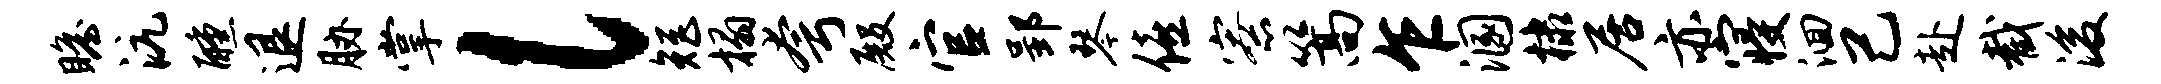
瞻沆醺退胁掌l矩榻夸殿官郢琴僖寮篙乍溷棣居亦寝洄己赴截浚